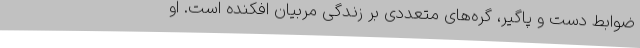
ضوابط دست و پاگیر، گره‌های متعددی بر زندگی مربیان افکنده است. او